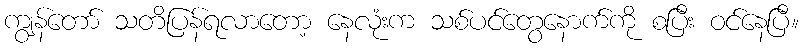
ကျွန်တော် သတိပြန်ရလာတော့ နေလုံးက သစ်ပင်တွေနောက်ကို စပြီး ဝင်နေပြီ။